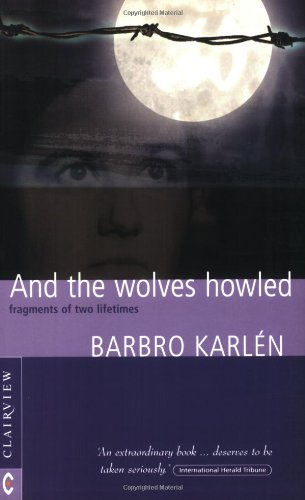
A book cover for And the Wolves Howled , Fragments of Two Lifetimes; Barbro Karlen; Biographies & Memoirs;